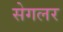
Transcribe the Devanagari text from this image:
सेगलर